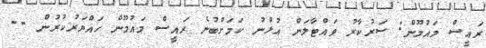
ރައީސް މައުމޫން: ސަރުކާރު ވައްޓާލަން އުޅުނު ކަމަށްބުނެ ރައީސް މައުމޫން ހައްޔަރުކުރުން --